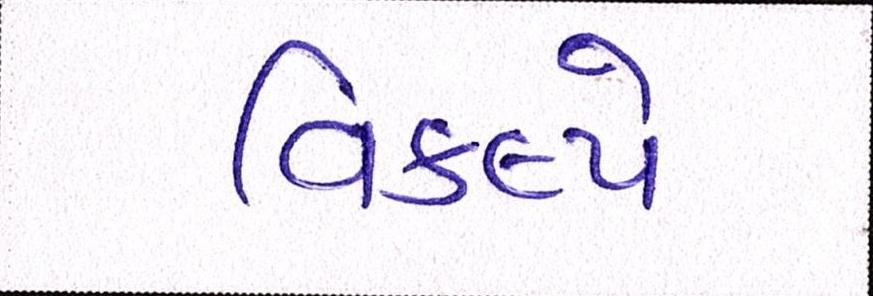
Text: વિકલ્પે